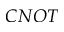
C N O T